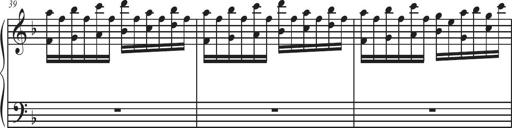
Title: Sonatina Espania
Composer: Jerald Franklin Archer
Key: Various